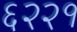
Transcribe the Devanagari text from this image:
६२२१